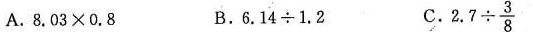
A. $$8 . 0 3 \times 0 . 8$$ $$B. 6 . 1 4 \div 1 . 2$$ C. $$2 . 7 \div \frac { 3 } { 8 }$$